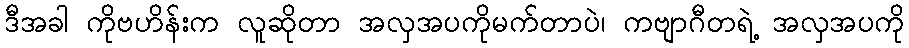
ဒီအခါ ကိုဗဟိန်းက လူဆိုတာ အလှအပကိုမက်တာပဲ၊ ကဗျာဂီတရဲ့ အလှအပကို